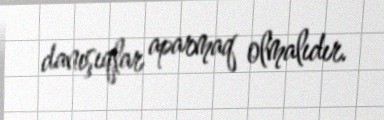
danışıqlar aparmaq olmalıdır.